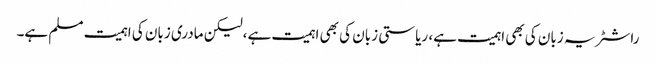
راشٹر یہ زبان کی بھی اہمیت ہے، ریاستی زبان کی بھی اہمیت ہے،لیکن مادری زبان کی اہمیت مسلم ہے۔